Vaccination returns of the Province of Eastern Bengal and Assam - 1905-1912
Year: 1905
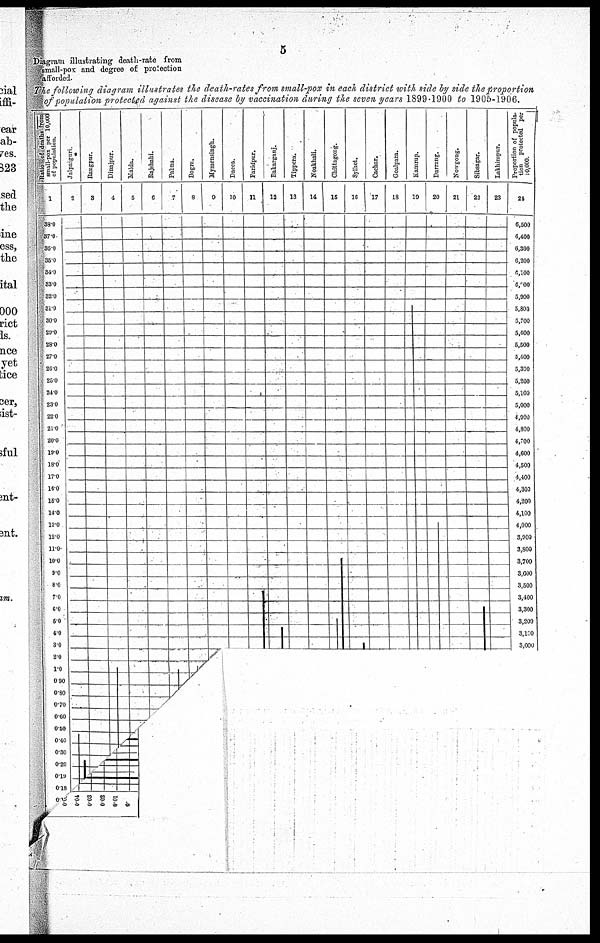
5
Diagram illustrating death-rate from
small-pox and degree of protection
afforded.
The following diagram illustrates the death-rates from small-pox in each district with side by side the proportion
of population protected against the disease by vaccination during the seven years 1899-1900 to 1905-1906.